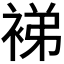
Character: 𬡜